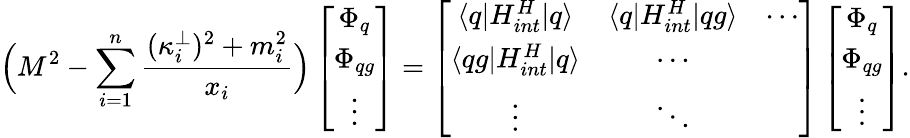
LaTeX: \Big(M^{2}-\sum_{i=1}^{n}{\frac{(\kappa_{i}^{\bot})^{2}+m_{i}^{2}}{x_{i}}}\Big)\left[\begin{array}{c}{{\Phi_{q}}}\\ {{\Phi_{qg}}}\\ {{\vdots}}\end{array}\right]=\left[\begin{array}{ccc}{{\langle q|H_{int}^{H}|q\rangle}}&{{\langle q|H_{int}^{H}|qg\rangle}}&{{\cdots}}\\ {{\langle qg|H_{int}^{H}|q\rangle}}&{{\cdots}}&{{~~}}\\ {{\vdots}}&{{\ddots}}&{{~~}}\end{array}\right]\left[\begin{array}{c}{{\Phi_{q}}}\\ {{\Phi_{qg}}}\\ {{\vdots}}\end{array}\right].